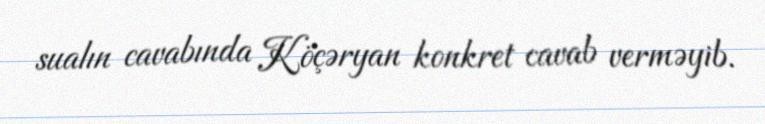
sualın cavabında Köçəryan konkret cavab verməyib.